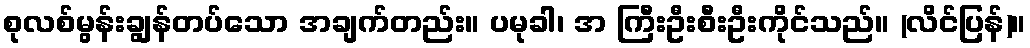
စုလစ်မွန်းချွန်တပ်သော အချက်တည်း။ ပမုခါ၊ အ ကြီးဦးစီးဦးကိုင်သည်။ (လိင်ပြန်)။